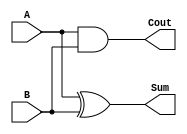
module HalfAdder(Sum,Cout,A,B);
	input A,B;
	output Sum,Cout;
	
	xor xr1(Sum,A,B);
	and an1(Cout,A,B);

endmodule